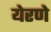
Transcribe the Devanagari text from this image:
येरणे